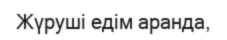
Жүруші едім аранда,